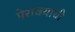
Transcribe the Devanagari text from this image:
पेरावयाची